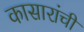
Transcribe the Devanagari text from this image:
कासारांचीं